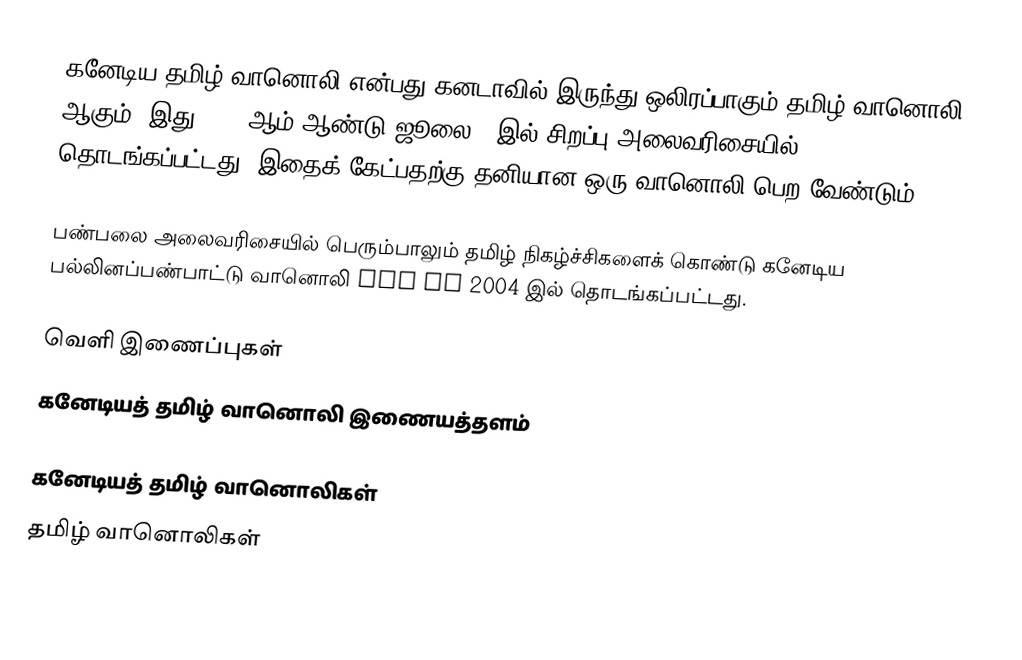
கனேடிய தமிழ் வானொலி என்பது கனடாவில் இருந்து ஒலிரப்பாகும் தமிழ் வானொலி ஆகும். இது 1999 ஆம் ஆண்டு ஜூலை 1 இல் சிறப்பு அலைவரிசையில் தொடங்கப்பட்டது. இதைக் கேட்பதற்கு தனியான ஒரு வானொலி பெற வேண்டும்.

பண்பலை அலைவரிசையில் பெரும்பாலும் தமிழ் நிகழ்ச்சிகளைக் கொண்டு கனேடிய பல்லினப்பண்பாட்டு வானொலி cmr fm 2004 இல் தொடங்கப்பட்டது.

வெளி இணைப்புகள்
கனேடியத் தமிழ் வானொலி இணையத்தளம்

கனேடியத் தமிழ் வானொலிகள்
தமிழ் வானொலிகள்